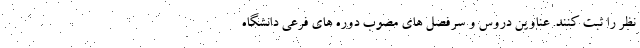
نظر را ثبت کنند. عناوین دروس و سرفصل های مصوب دوره های فرعی دانشگاه